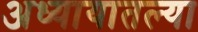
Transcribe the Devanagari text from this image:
अध्यायातल्या